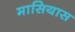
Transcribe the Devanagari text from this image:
मासियास